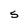
Character: S